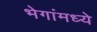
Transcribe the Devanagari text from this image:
भेगांमध्ये